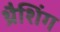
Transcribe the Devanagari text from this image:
थ्रैशिंग